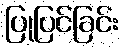
ပြုပြင်ခြင်း